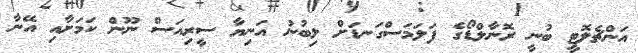
އަންޗެލޮޓީ ބުނީ ރޮނާލްޑޯގެ ފަލަމަސްގަނޑަށް ލިބުނު އަނިޔާ ސީރިއަސް ނޫން ކަމަށާއި އޭނާ